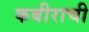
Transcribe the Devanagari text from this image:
कबीराची